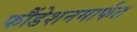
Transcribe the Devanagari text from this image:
फौंडेशनमार्फत